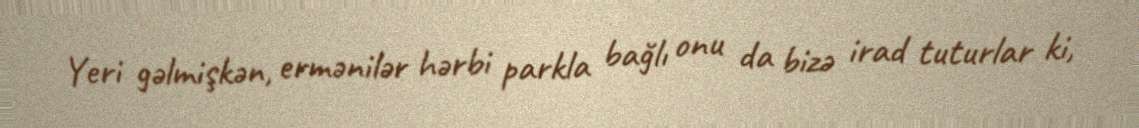
Yeri gəlmişkən, ermənilər hərbi parkla bağlı onu da bizə irad tuturlar ki,